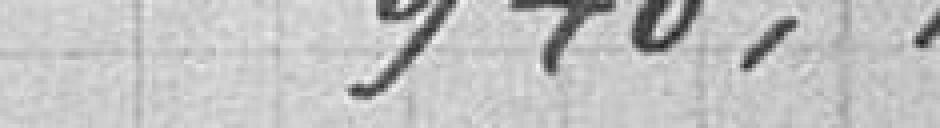
940,00